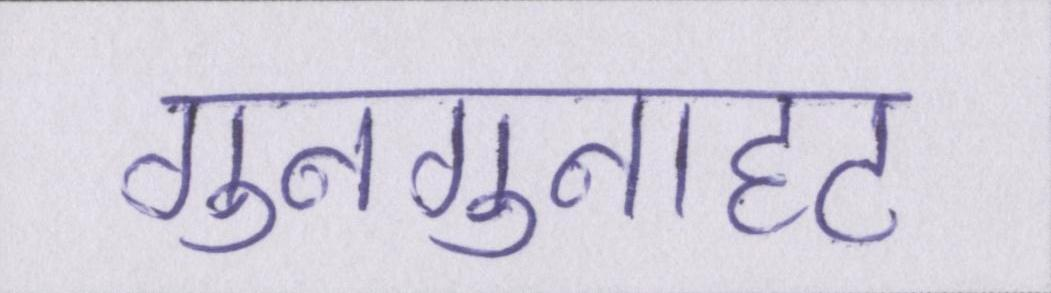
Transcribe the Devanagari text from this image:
गुनगुनाहट